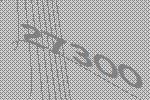
27300